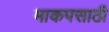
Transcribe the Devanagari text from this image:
माकपसाठी